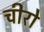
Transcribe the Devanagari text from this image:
चीरो